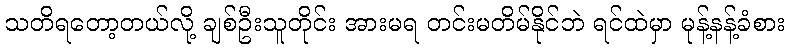
သတိရတော့တယ်လို့ ချစ်ဦးသူတိုင်း အားမရ တင်းမတိမ်နိုင်ဘဲ ရင်ထဲမှာ မုန့်နန့်ခံစား